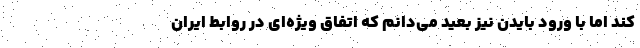
کند اما با ورود بایدن نیز بعید می‌دانم که اتفاق ویژه‌ای در روابط ایران